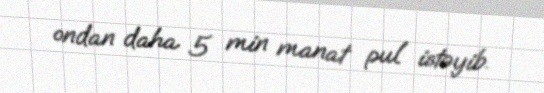
ondan daha 5 min manat pul istəyib.